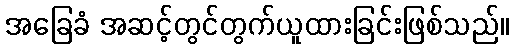
အခြေခံ အဆင့်တွင်တွက်ယူထားခြင်းဖြစ်သည်။